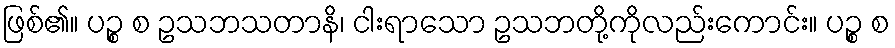
ဖြစ်၏။ ပဉ္စ စ ဥသဘသတာနိ၊ ငါးရာသော ဥသဘတို့ကိုလည်းကောင်း။ ပဉ္စ စ